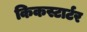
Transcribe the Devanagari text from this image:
किकस्टार्टर